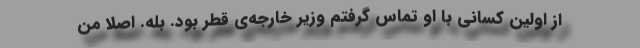
از اولین کسانی با او تماس گرفتم وزیر خارجه‌ی قطر بود. بله. اصلاً من